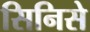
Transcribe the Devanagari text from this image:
सिनिसे